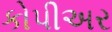
કોપીઅર